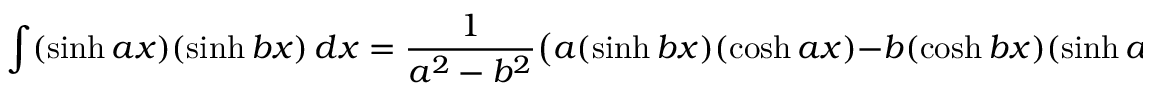
\int ( \sinh a x ) ( \sinh b x ) \, d x = { \frac { 1 } { a ^ { 2 } - b ^ { 2 } } } { \big ( } a ( \sinh b x ) ( \cosh a x ) - b ( \cosh b x ) ( \sinh a x ) { \big ) } + C \qquad { \mathrm { ( f o r ~ } } a ^ { 2 } \neq b ^ { 2 } { \mathrm { ) } }